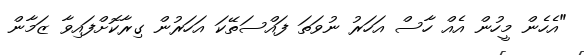
"އެހެން މީހުން އެއް ހާސް އަހަރު ނުވަތަ ފައްސަތޭކަ އަހަރުން ގިރާކޮށްފައިވާ ޒަމާން